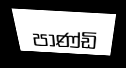
පාණ්ඩි